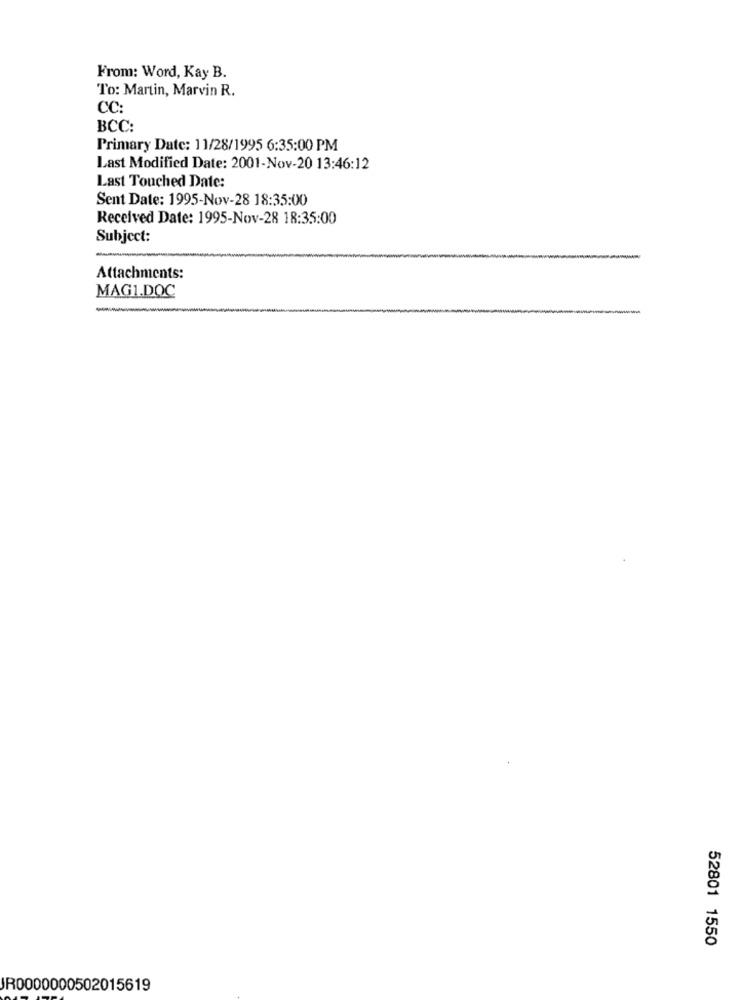
From: Word, Kay B.
To: Martin, Marvin R.
CC:
BCC:
Primary Date: 11/28/1995 6:35:00 PM
Last Modified Date: 2001-Nov-20 13:46:12
Last Touched Date:
Sent Date: 1995-Nov-28 18:35:00
Received Date: 1995-Nov-28 18:35:00
Subject:
Attachments:
MAGI.DOC
52801 1550
JR0000000502015619